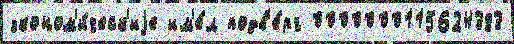
эконом'и́ческ'иjе им'е́л подв'е́рг 0000000115624383